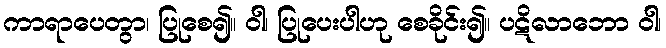
ကာရာပေတွာ၊ ပြုစေ၍။ ဝါ၊ ပြုပေးပါဟု စေခိုင်း၍။ ပဋိလာဘော ဝါ၊